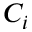
C _ { i }